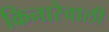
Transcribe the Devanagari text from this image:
किनारेवाली